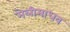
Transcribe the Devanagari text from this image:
मेलीमाधव